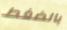
بالضغط